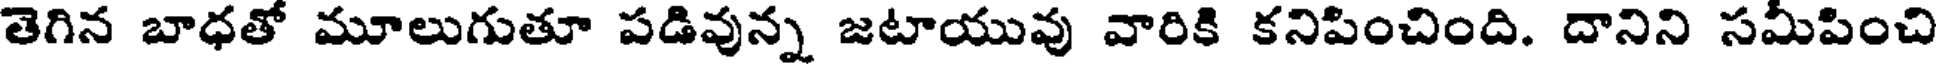
తెగిన బాధతో మూలుగుతూ పడివున్న జటాయువు వారికి కనిపించింది. దానిని సమీపించి